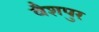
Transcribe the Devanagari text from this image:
वैशपुर